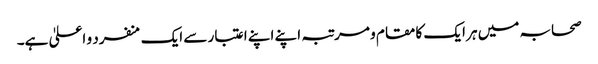
صحابہ میں ہر ایک کا مقام و مرتبہ اپنے اپنے اعتبار سے ایک منفرد و اعلیٰ ہے۔